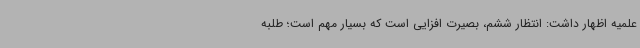
علمیه اظهار داشت: انتظار ششم، بصیرت افزایی است که بسیار مهم است؛ طلبه